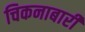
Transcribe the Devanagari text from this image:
चिकनाबारी